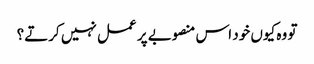
تو وہ کیوں خود اس منصوبے پر عمل نہیں کرتے؟